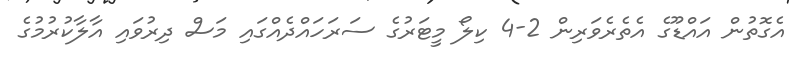
އެގޮތުން އައްޑޫގެ އެތެރެވަރިން 2-4 ކިލޯ މީޓަރުގެ ސަރަހައްދެއްގައި މަސް ދިރުވައި އާލާކުރުމުގެ